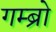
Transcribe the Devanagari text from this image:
गम्ब्रो